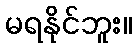
မရနိုင်ဘူး။